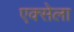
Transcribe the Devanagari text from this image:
एक्सेला